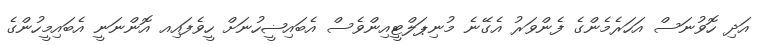
އަދި ހޮވުނަސް އަހަރެމެންގެ ފެންވަރު އެގޭނެ މުނިޕަލްޓީއިންވެސް އެބައިޟީހުނަށް ހީވެފައިއ އޮންނަނީ އެބައިމީހުންގެ